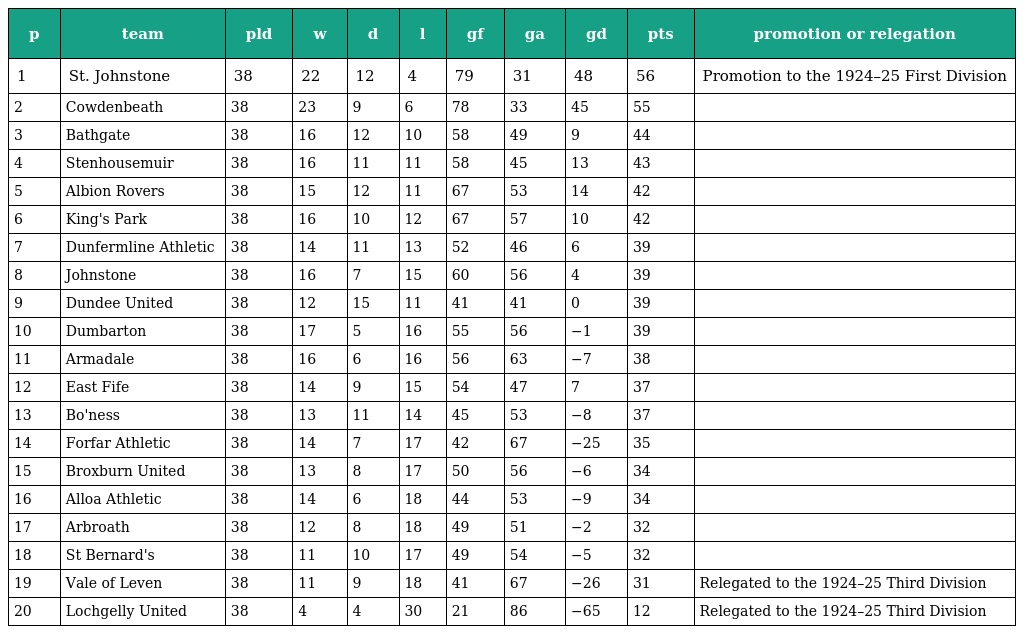
| p | team | pld | w | d | l | gf | ga | gd | pts | promotion or relegation |
 | --- | --- | --- | --- | --- | --- | --- | --- | --- | --- | --- |
 | 1 | St. Johnstone | 38 | 22 | 12 | 4 | 79 | 31 | 48 | 56 | Promotion to the 1924–25 First Division |
 | 2 | Cowdenbeath | 38 | 23 | 9 | 6 | 78 | 33 | 45 | 55 |  |
 | 3 | Bathgate | 38 | 16 | 12 | 10 | 58 | 49 | 9 | 44 |  |
 | 4 | Stenhousemuir | 38 | 16 | 11 | 11 | 58 | 45 | 13 | 43 |  |
 | 5 | Albion Rovers | 38 | 15 | 12 | 11 | 67 | 53 | 14 | 42 |  |
 | 6 | King's Park | 38 | 16 | 10 | 12 | 67 | 57 | 10 | 42 |  |
 | 7 | Dunfermline Athletic | 38 | 14 | 11 | 13 | 52 | 46 | 6 | 39 |  |
 | 8 | Johnstone | 38 | 16 | 7 | 15 | 60 | 56 | 4 | 39 |  |
 | 9 | Dundee United | 38 | 12 | 15 | 11 | 41 | 41 | 0 | 39 |  |
 | 10 | Dumbarton | 38 | 17 | 5 | 16 | 55 | 56 | −1 | 39 |  |
 | 11 | Armadale | 38 | 16 | 6 | 16 | 56 | 63 | −7 | 38 |  |
 | 12 | East Fife | 38 | 14 | 9 | 15 | 54 | 47 | 7 | 37 |  |
 | 13 | Bo'ness | 38 | 13 | 11 | 14 | 45 | 53 | −8 | 37 |  |
 | 14 | Forfar Athletic | 38 | 14 | 7 | 17 | 42 | 67 | −25 | 35 |  |
 | 15 | Broxburn United | 38 | 13 | 8 | 17 | 50 | 56 | −6 | 34 |  |
 | 16 | Alloa Athletic | 38 | 14 | 6 | 18 | 44 | 53 | −9 | 34 |  |
 | 17 | Arbroath | 38 | 12 | 8 | 18 | 49 | 51 | −2 | 32 |  |
 | 18 | St Bernard's | 38 | 11 | 10 | 17 | 49 | 54 | −5 | 32 |  |
 | 19 | Vale of Leven | 38 | 11 | 9 | 18 | 41 | 67 | −26 | 31 | Relegated to the 1924–25 Third Division |
 | 20 | Lochgelly United | 38 | 4 | 4 | 30 | 21 | 86 | −65 | 12 | Relegated to the 1924–25 Third Division |